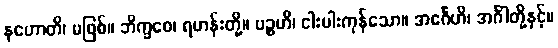
နဟောတိ၊ မဖြစ်။ ဘိက္ခဝေ၊ ရဟန်းတို့။ ပဉ္စဟိ၊ ငါးပါးကုန်သော။ အင်္ဂေဟိ၊ အင်္ဂါတို့နှင့်။